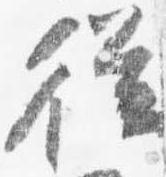
従